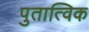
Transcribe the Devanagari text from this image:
पुतात्विक